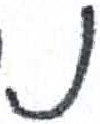
אות: נ